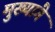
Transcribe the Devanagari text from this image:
मुख्यांगे